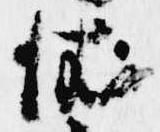
依